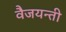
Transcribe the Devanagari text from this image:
वैजयन्‍ती